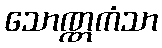
သောဏ္ဏကံသာ